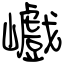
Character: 巇